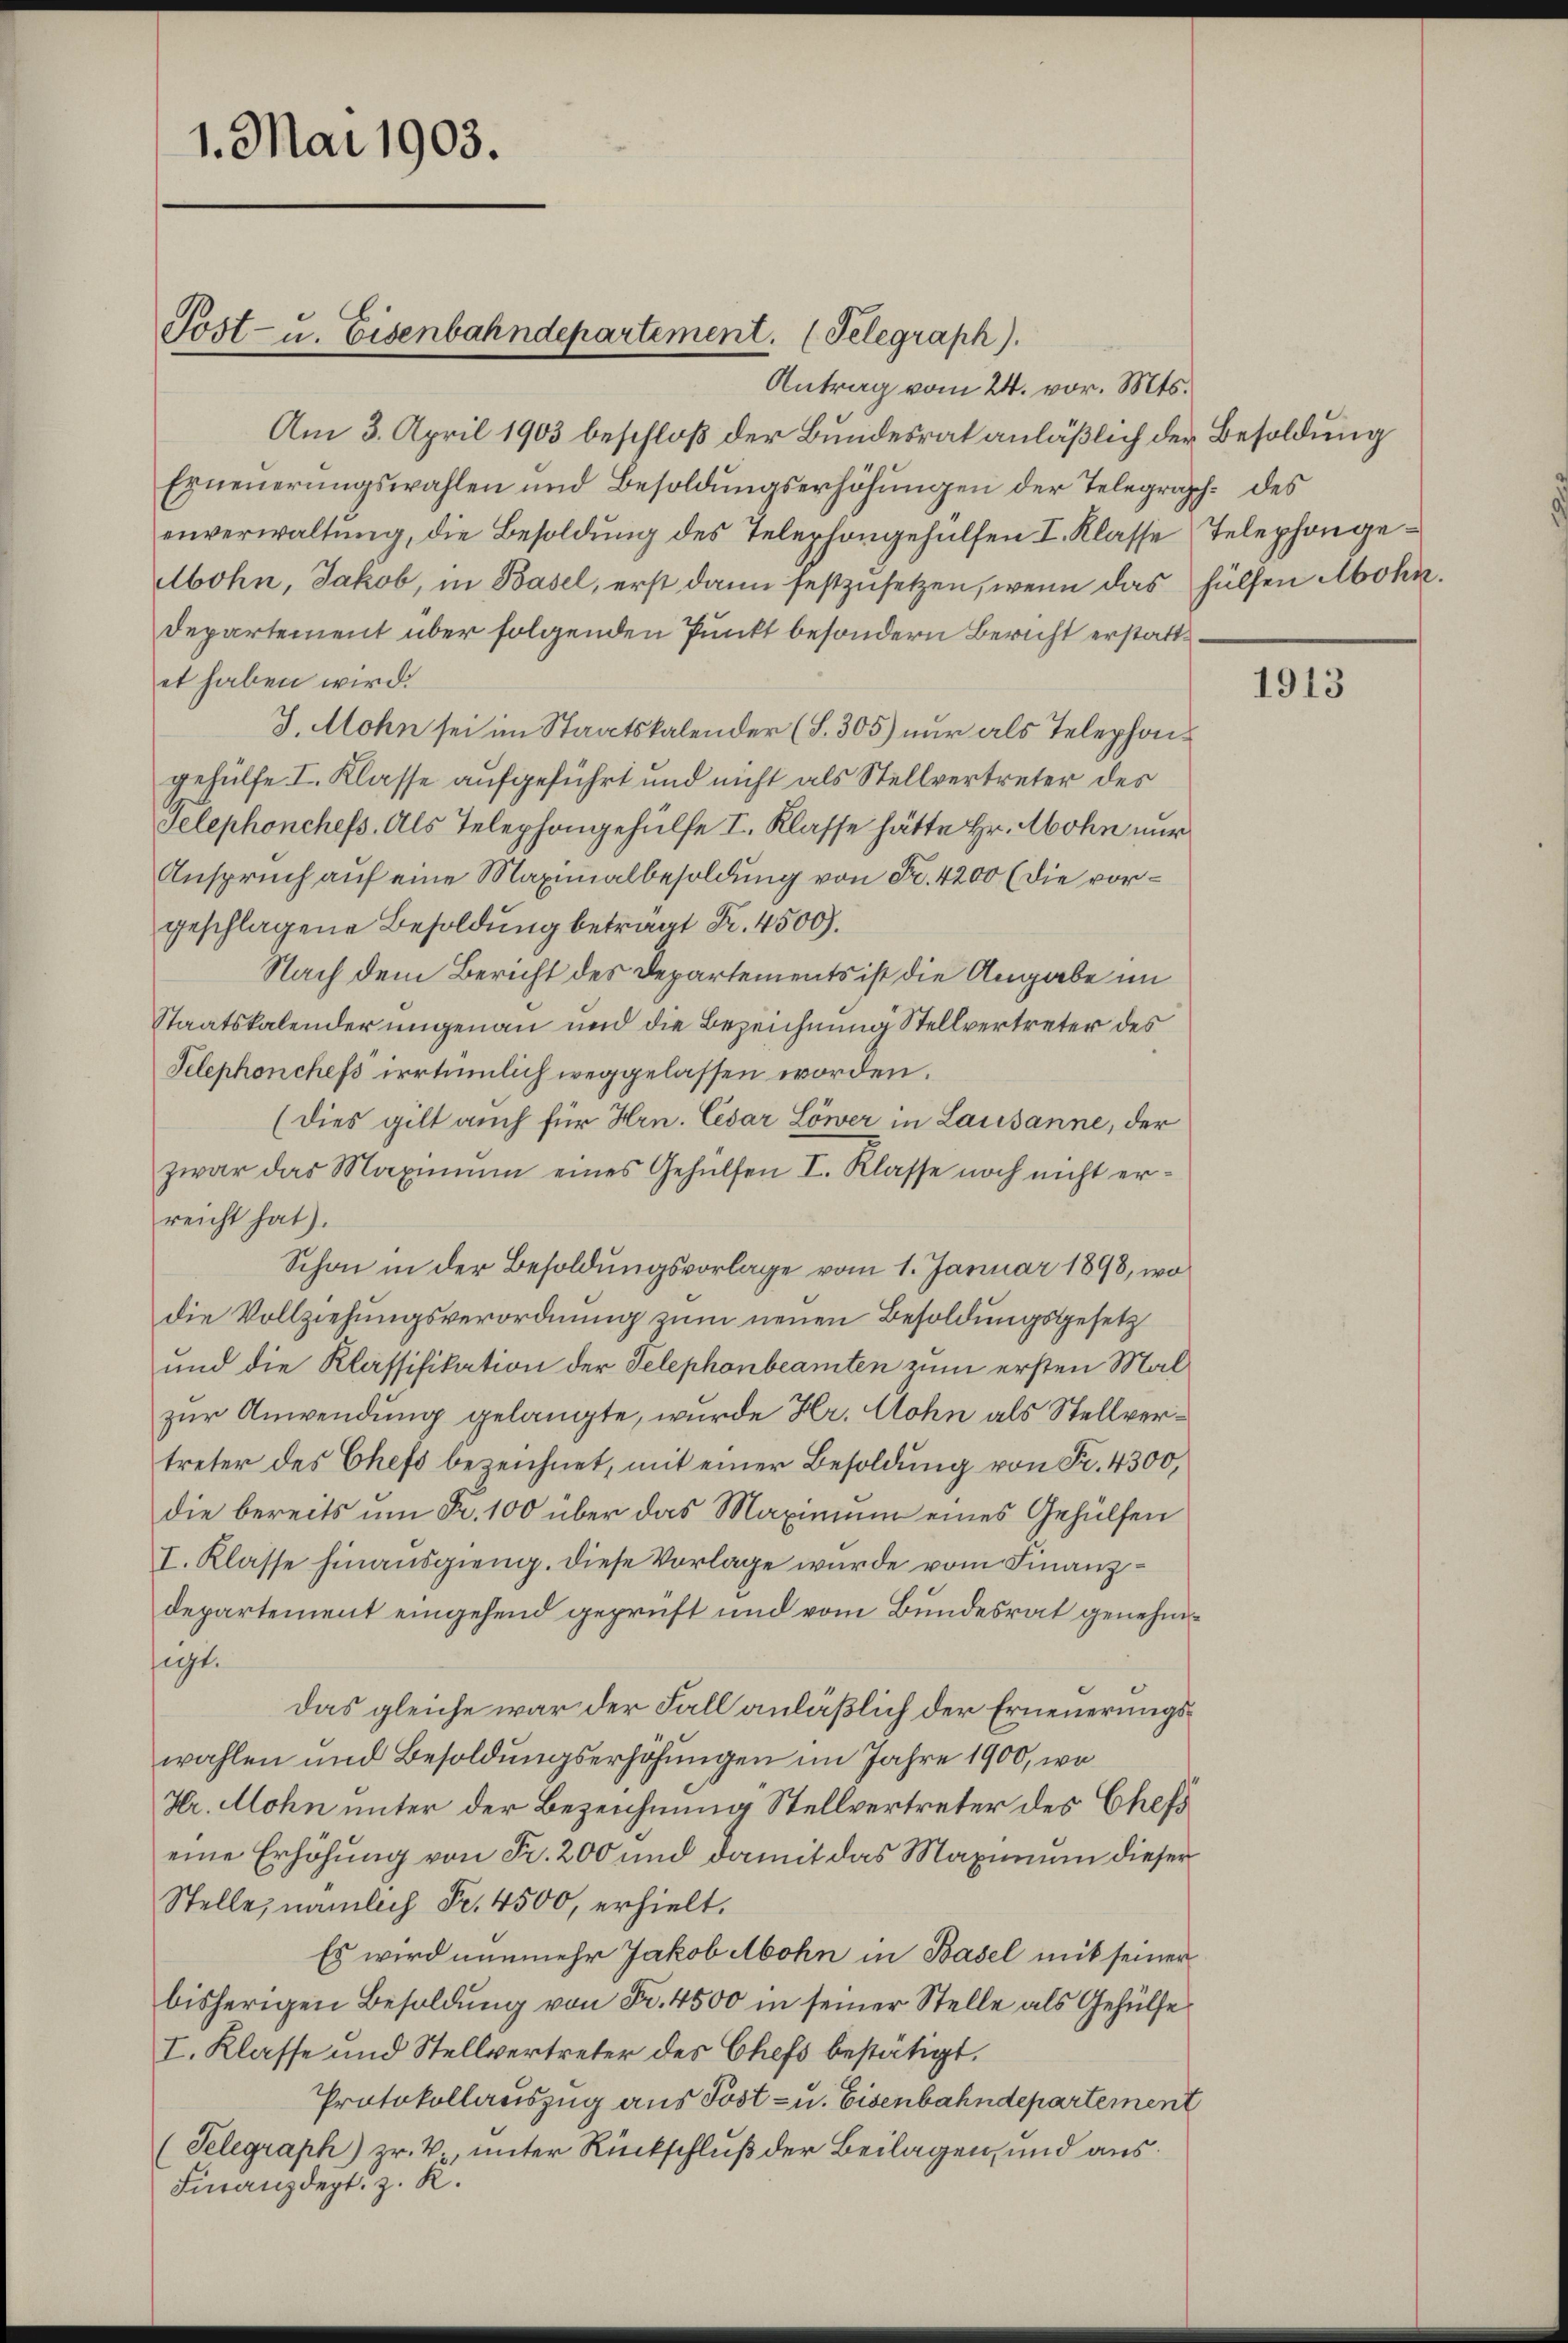
1. Mai 1903.

Post- u. Eisenbahndepartement. (Telegraph).

Antrag vom 24. vor. Mts.
Am 3. April 1903 beschloß der Bundesrat anläßlich der Besoldung
Erneŭerŭngswahlen und Besoldŭngserhöhŭngen der Telegrasch. des
enverwaltung, die Besoldung des Telephongehülfen I. Klasse Telephonge¬
Abohn, Jakob, in Basel, erst dann festzusetzen, wenn das hülfen Mohn.
Departement über folgenden Punkt besondern Bericht erstattet haben wird.
J. Mohn sei im Staatskalender (S. 305) nur als Telephongehülfe I. Klasse aufgeführt und nicht als Stellvertreter des
Telephonchefs. Als Telephongehülfe I. Klasse hätte Hr. Abohn nur
Anspruch auf eine Maximalbesoldung von Fr. 4200 (die vorgeschlagene Besoldung beträgt Fr. 4500.
Nach dem Bericht des Departements ist die Angabe im
Staatskalender ungenau und die Bezeichnung Stellvertreter des
Telephonchefs irrtümlich weggelassen worden.
(dies gilt auch für Hrn. Cesar Löwer in Lausanne, der
zwar das Maximum eines Gehülfen I. Klasse noch nicht erreicht hat).
Schon in der Besoldungsvorlage vom 1. Januar 1898, wo
die Vollziehungsverordnung zum neuen Besoldungsgesetz
und die Klassifikation der Telephonbeamten zum ersten Malzur Anwendung gelangte, wurde Hr. Cohn als Stellvertreter des Chefs bezeichnet, mit einer Besoldung von Fr. 4300,
die bereits um Fr. 100 über das Maximum eines Gehülfen
I. Klasse hinausgieng. Diese Vorlage wurde vom Finanzdepartement eingehend geprüft und vom Bundesrat genehmsigt.
das gleiche war der Fall anläßlich der Erneuerungswahlen und Besoldungserhöhungen im Jahre 1900, wo
Hr. Mohn unter der Bezeichnung Stellvertreter des Chefs
eine Erhöhung von Fr. 200 und damit das Maximum dieser
Stelle, nämlich Fr. 4500, erhielt.
Es wird nunmehr Jakob Abohn in Basel mit seiner
bisherigen Besoldung von Fr. 4500 in seiner Stelle als Gehülfe
I. Klasse und Stellvertreter des Chefs bestätigt.
Protokollauszug aus Post- u. Eisenbahndepartement
(Telegraph) zr. V., unter Rückschluß der Beilagen, und aus¬
Finanzdept. z. R.

s

1913